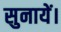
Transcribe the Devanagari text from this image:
सुनायें।